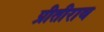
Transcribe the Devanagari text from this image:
प्रीतीराव